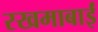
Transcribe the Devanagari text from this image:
रखमाबाईं